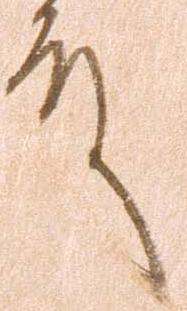
殿